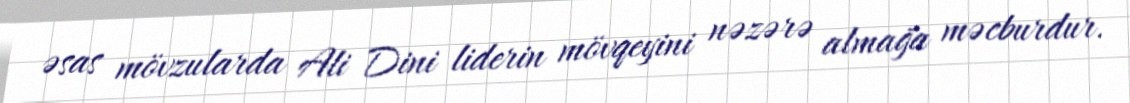
əsas mövzularda Ali Dini liderin mövqeyini nəzərə almağa məcburdur.